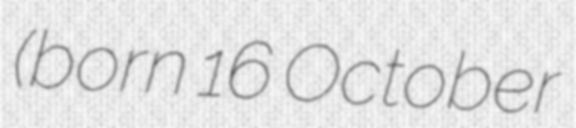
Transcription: (born 16 October